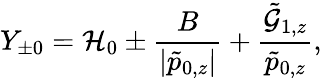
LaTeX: {Y}_{\pm 0}=\mathcal{H}_{0}\pm\frac{B}{|\tilde{p}_{0,z}|}+\frac{\tilde{\mathcal{G}}_{1,z}}{\tilde{p}_{0,z}},